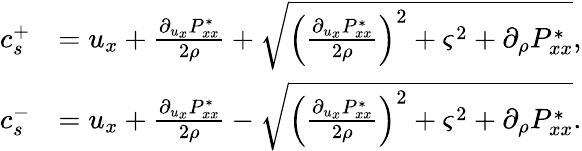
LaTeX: \begin{array}{rl}{c_{s}^{+}}&{=u_{x}+\frac{\partial_{u_{x}}P_{xx}^{*}}{2\rho}+\sqrt{{\left(\frac{\partial_{u_{x}}P_{xx}^{*}}{2\rho}\right)}^{2}+{\varsigma}^{2}+\partial_{\rho}P_{xx}^{*}},}\\ {c_{s}^{-}}&{=u_{x}+\frac{\partial_{u_{x}}P_{xx}^{*}}{2\rho}-\sqrt{{\left(\frac{\partial_{u_{x}}P_{xx}^{*}}{2\rho}\right)}^{2}+{\varsigma}^{2}+\partial_{\rho}P_{xx}^{*}}.}\end{array}